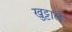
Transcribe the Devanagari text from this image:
खुट्टाले